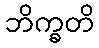
ဘိက္ခတိ